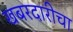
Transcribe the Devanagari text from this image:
खबरदारीचा